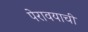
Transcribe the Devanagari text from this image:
पेरावयाची